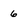
Character: 6